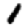
Digit: 1